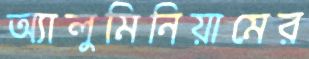
অ্যালুমিনিয়ামের